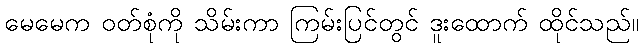
မေမေက ဝတ်စုံကို သိမ်းကာ ကြမ်းပြင်တွင် ဒူးထောက် ထိုင်သည်။